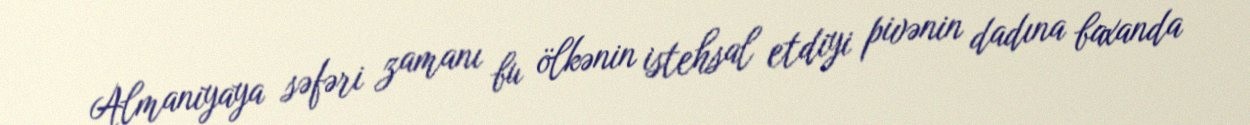
Almaniyaya səfəri zamanı bu ölkənin istehsal etdiyi pivənin dadına baxanda